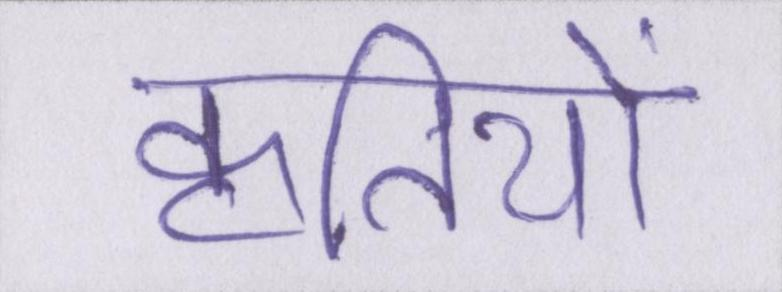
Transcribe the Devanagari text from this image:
कृतियों